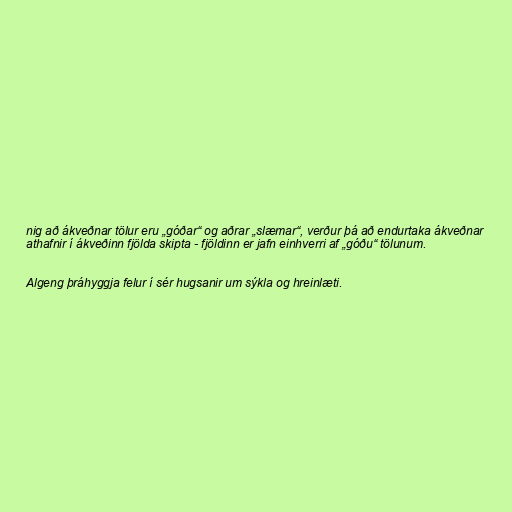
nig að ákveðnar tölur eru „góðar“ og aðrar „slæmar“, verður þá að endurtaka ákveðnar
athafnir í ákveðinn fjölda skipta - fjöldinn er jafn einhverri af „góðu“ tölunum.

Algeng þráhyggja felur í sér hugsanir um sýkla og hreinlæti.